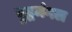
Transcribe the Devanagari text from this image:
बुद्धमंगल